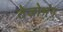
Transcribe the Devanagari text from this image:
तेजोभंग